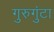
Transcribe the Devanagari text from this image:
गुरुगुंटा